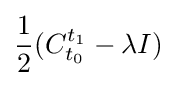
{\frac {1}{2}}(C_{t_{0}}^{t_{1}}-\lambda I)